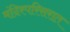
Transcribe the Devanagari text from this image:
मंदिरपरिसरात